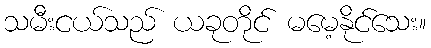
သမီးငယ်သည် ယခုတိုင် မမေ့နိုင်သေး။